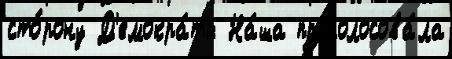
сто́рону Д'емокра́ты На́ша проголосова́ла